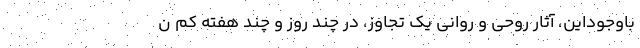
باوجوداین، آثار روحی و روانی یک تجاوز، در چند روز و چند هفته کم ن